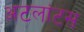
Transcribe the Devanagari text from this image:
अटलांटस